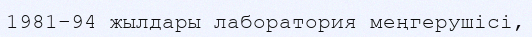
1981–94 жылдары лаборатория меңгерушісі,